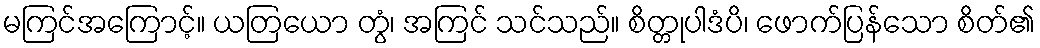
မကြင်အကြောင့်။ ယတြယော တွံ၊ အကြင် သင်သည်။ စိတ္တုပါဒံပိ၊ ဖောက်ပြန်သော စိတ်၏